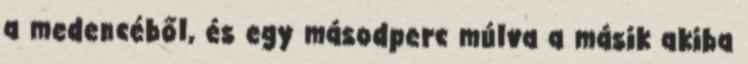
a medencéből, és egy másodperc múlva a másik akiba